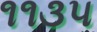
૧૧૩૫